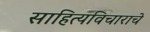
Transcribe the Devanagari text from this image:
साहित्यविचाराचे